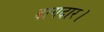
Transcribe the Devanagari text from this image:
दागदार।